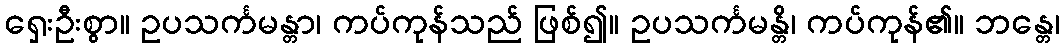
ရှေးဦးစွာ။ ဥပသင်္ကမန္တာ၊ ကပ်ကုန်သည် ဖြစ်၍။ ဥပသင်္ကမန္တိ၊ ကပ်ကုန်၏။ ဘန္တေ၊